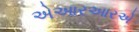
એઆરઆરએ